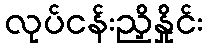
လုပ်ငန်းညှိနှိုင်း